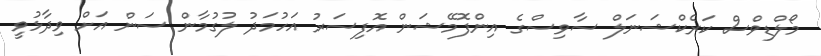
މޯލްޑިވްސް ކަރެކްޝަނަލް ސާވިސްގެ އިންފޮމޭޝަން އޮފިސަރު އަހުމަދު ލުގުމާން ސަން އަށް ވިދާޅުވީ